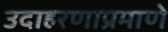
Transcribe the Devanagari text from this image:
उदाहरणाप्रमाणे